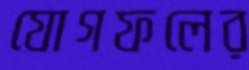
যোগফলের